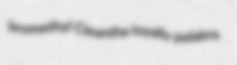
bromethyl Cleantha loyally palabra